Source: Computer-generated
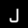
Digit: ၂ (2)